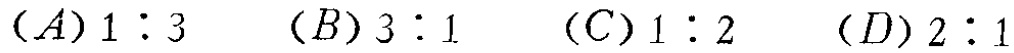
$(A)1:3\quad (B)3:1\quad (C)1:2\quad (D)2:1$